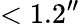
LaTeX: <1.2{^{\prime\prime}}